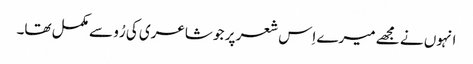
انہوں نے مجھے میرے اِس شعر پر جو شاعری کی رُو سے مکمل تھا۔